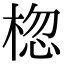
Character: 𪲨